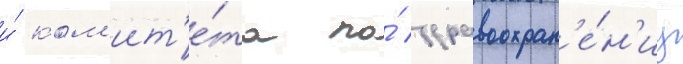
и́ ком'ит'е́та по́ здравоохран'е́н'иу